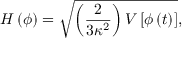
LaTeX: H \left( \phi \right) = \sqrt { \left( { \frac { 2 } { 3 \kappa ^ { 2 } } } \right) V \left[ \phi \left( t \right) \right] } ,